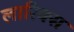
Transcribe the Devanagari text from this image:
लारिक्स